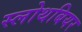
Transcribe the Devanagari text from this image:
स्लोथबियर